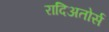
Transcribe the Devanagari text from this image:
रादिअतोर्स